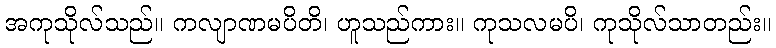
အကုသိုလ်သည်။ ကလျာဏမပိတိ၊ ဟူသည်ကား။ ကုသလမပိ၊ ကုသိုလ်သာတည်း။